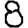
Digit: 8